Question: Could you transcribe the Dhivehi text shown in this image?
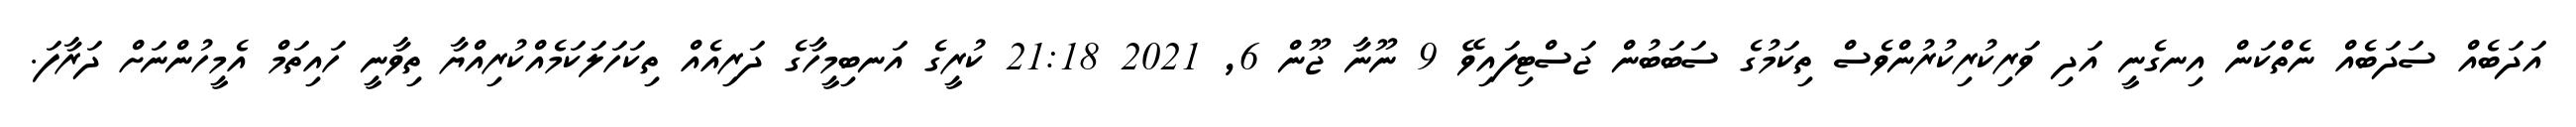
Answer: އަދަބެއް ސަދަބެއް ނެތްކަން އިނގެނީ އަދި ވަރިކުރިކުރުންވެސް ތިކަމުގެ ސަބަބުން ޖަސްޓިފައިވޭ 9 ނޫނާ ޖޫން 6, 2021 21:18 ކުރީގެ އަނބިމީހާގެ ދަރިއެއް ތިކަހަލަކަމެއްކުރިއްޔާ ތިވާނީ ހައިތަމް އެމީހުންނަށް ދަރާފަ.